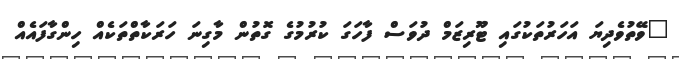
"ވޭތުވެދިޔަ އަހަރުތަކުގައި ޓޫރިޒަމް ދުވަސް ފާހަގަ ކުރުމުގެ ގޮތުން މާގިނަ ހަރަކާތްތަކެއް ހިންގާފައެއް